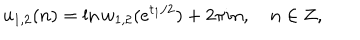
u _ { 1 , 2 } ( n ) = \ln w _ { 1 , 2 } ( e ^ { t _ { 1 } / 2 } ) + 2 \pi i n , ~ n \in { \bf Z } ,